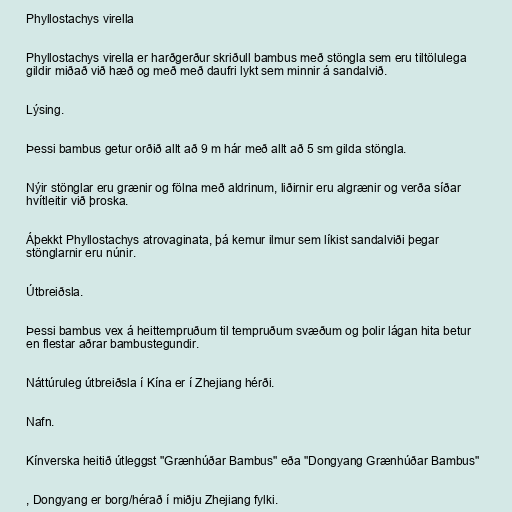
Phyllostachys virella

Phyllostachys virella er harðgerður skriðull bambus með stöngla sem eru tiltölulega
gildir miðað við hæð og með með daufri lykt sem minnir á sandalvið.

Lýsing.

Þessi bambus getur orðið allt að 9 m hár með allt að 5 sm gilda stöngla.

Nýir stönglar eru grænir og fölna með aldrinum, liðirnir eru algrænir og verða síðar
hvítleitir við þroska.

Áþekkt Phyllostachys atrovaginata, þá kemur ilmur sem líkist sandalviði þegar
stönglarnir eru núnir.

Útbreiðsla.

Þessi bambus vex á heittempruðum til tempruðum svæðum og þolir lágan hita betur
en flestar aðrar bambustegundir.

Náttúruleg útbreiðsla í Kína er í Zhejiang hérði.

Nafn.

Kínverska heitið útleggst "Grænhúðar Bambus" eða "Dongyang Grænhúðar Bambus"

, Dongyang er borg/hérað í miðju Zhejiang fylki.